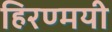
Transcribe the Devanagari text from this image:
हिरण्मयी